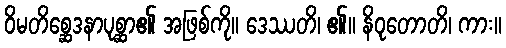
ဝိမတိစ္ဆေဒနာပုစ္ဆာ၏ အဖြစ်ကို။ ဒေဿတိ၊ ၏။ နိဝုတောတိ၊ ကား။